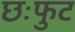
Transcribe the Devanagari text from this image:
छःफुट